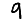
Digit: 9